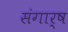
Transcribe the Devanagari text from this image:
संगार्ष